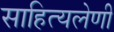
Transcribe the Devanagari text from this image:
साहित्यलेणी